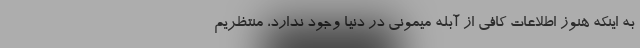
به اینکه هنوز اطلاعات کافی از آبله میمونی در دنیا وجود ندارد، منتظریم